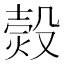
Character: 㷤